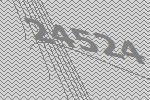
24524